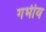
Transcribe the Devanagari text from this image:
गर्भीय